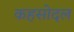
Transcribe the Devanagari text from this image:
कहसोदल